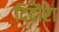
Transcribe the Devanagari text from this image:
दिदौरा